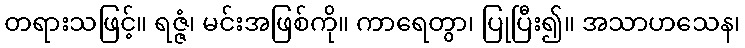
တရားသဖြင့်။ ရဇ္ဇံ၊ မင်းအဖြစ်ကို။ ကာရေတွာ၊ ပြုပြီး၍။ အသာဟသေန၊